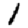
Digit: 1